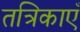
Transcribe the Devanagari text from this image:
तत्रिकाएँ